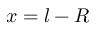
x = l - R